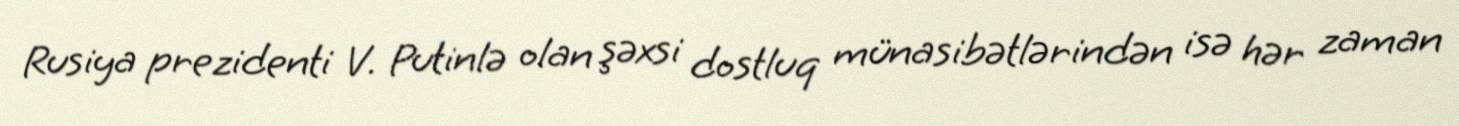
Rusiya prezidenti V. Putinlə olan şəxsi dostluq münasibətlərindən isə hər zaman